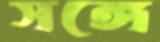
সঙ্গে